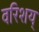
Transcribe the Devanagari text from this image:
वरिशय्